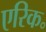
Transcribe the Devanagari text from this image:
एरिक॰